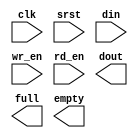
// This program was cloned from: https://github.com/waynezv/FPGA_Ultrasound
// License: GNU General Public License v3.0

module fifo_32x512 (
  clk,
  srst,
  din,
  wr_en,
  rd_en,
  dout,
  full,
  empty
);

  input clk;
  input srst;
  input [31 : 0] din;
  input wr_en;
  input rd_en;
  output [31 : 0] dout;
  output full;
  output empty;
endmodule